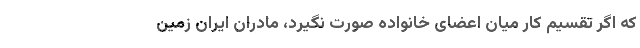
که اگر تقسیم کار میان اعضای خانواده صورت نگیرد، مادران ایران زمین